Report on vaccination in Madras 1922-1929 - 1922-1929
Year: 1922
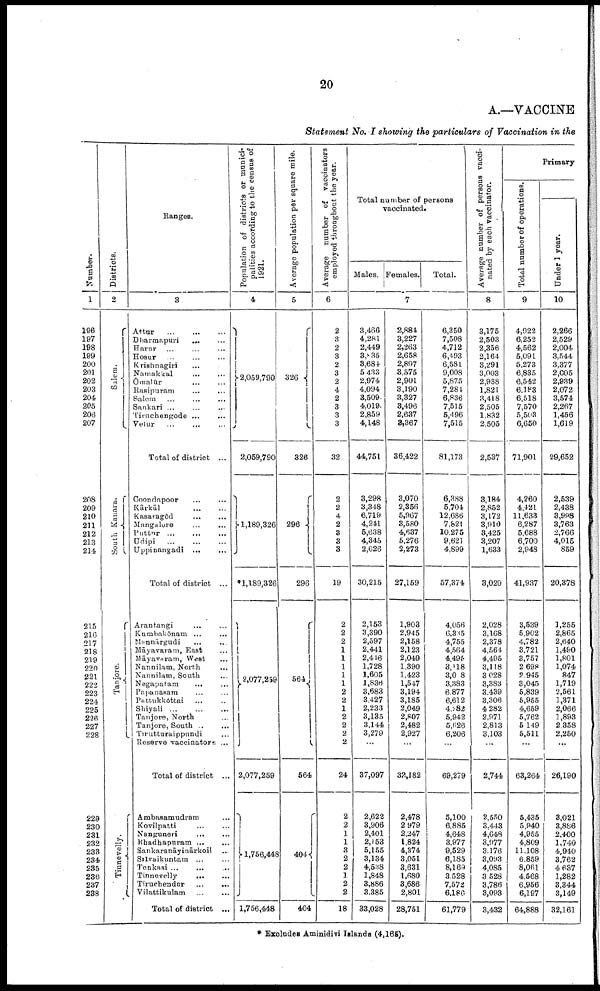
20
A.—VACCINE
Statement No. I showing the particulars of Vaccination in the
Number.
1
196
197
198
199
200
201
202
203
204
205
206
207
208
209
210
211
212
213
214
215
216
217
218
219
220
221
222
223
224
225
226
227
228
229
230
231
232
233
234
235
236
237
238
Districts.
2
Salem.
South Kanara.
Tanjore.
Tinnevelly.
Ranges.
3
Attar ... ... ...
Dharmapuri ... ...
Harur ... ...
Hosur
...
...
...
Krishnagiri ... ...
Namakkal
...
...
Ōmalūr ... ...
Rasipuram ... ...
Salem ... ... ...
Sankari ... ... ...
Tiruchengode ... ...
Velur ... ... ...
Total of district ...
Coondapoor
...
...
Kārkāl
...
...
Kasaragōd
...
...
Mangalore
...
...
Puttur
...
...
...
Udipi
...
...
...
Uppinangadi
...
...
Total of district ...
Arantangi ... ...
Kumbakōnam ... ...
Mannārgudi ... ...
Māyavaram, East ...
Māyavaram, West ...
Nannilam, North ...
Nannilam, South ...
Negapatam ... ...
Papanasam ... ...
Pattukkōttai
...
...
Shiyali ...
Tanjore, North ...
Tanjore, South ... ...
Tirutturaippundi ...
Reserve vaccinators ...
Total of district ...
Ambasamudram ...
Kovilpatti ... ...
Nanguneri ... ...
Bhadhapuram ... ...
Sankaranāyinārkoil ...
Srīvaikuntam ... ...
Tenkasi ... ... ...
Tinnevelly
...
...
Tiruchendur
...
...
Vilattikulam
...
...
Total of district ...
Population of districts or munici
palities according to the census of
1921.
4
2,059,790
2,059,790
1,189,326
*1,189,326
2,077,259
2,077,259
1,756,448
1,756,448
Average population per square mile.
5
326
326
296
296
564
564
404
404
Average number of vaccinators
employed throughout the year.
6
2
3
2
3
2
3
2
4
2
3
3
3
32
2
2
4
2
3
3
3
19
2
2
2
1
1
1
1
1
2
2
1
2
2
2
2
24
2
2
1
1
3
2
2
1
2
2
18
Total number of persons
vaccinated.
Males. Females.
Total.
7
3,466
4,281
2,449
8,035
3,684
5,433
2,974
4,094
3,509
4,019
2,859
4,148
44,751
3,298
3,348
6,719
4,241
5,638
4,345
2,626
30,215
2,153
3,390
2,597
2,441
2,416
1,728
1,605
1,836
3,683
3,427
2,233
3,135
3,144
3,279
...
37,097
2,622
3,906
2,401
2,153
5,155
3,134
4,538
1,848
3,886
3,385
33,028
2,884
3,227
2,263
2,658
2,897
3,575
2,901
3,190
3,327
3,496
2,637
3,367
36,422
3,070
2,356
5,967
3,580
4,637
5,276
2,273
27,159
1,903
2,945
2,158
2,123
2,049
1,390
1,423
1,547
3,194
3,185
2,049
2,807
2,482
2,927
...
32, 182
2,478
2,979
2,247
1,824
4,374
3,051
3,631
1,680
3,686
2,801
28,751
6,350
7,508
4,712
6,493
6,581
9,008
5,875
7,281
6,836
7,515
5,496
7,515
81,173
6,388
5,704
12,686
7,821
10,275
9,621
4,899
57,374
4,056
6,335
4,755
4,564
4,495
3,118
3,008
3,383
6,877
6,612
4,282
5,942
5,626
6,206
...
69,279
5,100
6,885
4,648
3,977
9,529
6,185
8,169
3,528
7,572
6,186
61,779
Average number of persons vacci
nated by each vaccinator.
8
3,175
2,503
2,356
2,164
3,291
3,003
2,938
1,821
3,418
2,505
1,832
2,505
2,537
3,184
2,852
3,172
3,910
3,425
3,207
1,633
3,020
2,028
3,168
2,378
4,564
4,495
3,118
3,028
3,383
3,439
3,306
4,282
2,971
2,813
3,103
...
2,744
2,550
3,443
4,648
3,977
3,176
3,093
4,085
3,528
3,786
3,093
3,432
Primary
Total number of operations.
9
4,922
6,252
4,562
5,091
5,273
6,835
6,542
6,183
6,518
7,570
5,503
6,650
71,901
4,260
4,421
11,633
6,287
5,688
6,700
2,948
41,937
3,539
5,902
4,782
3,721
3,757
2,698
2,945
3,045
5,839
5,955
4,659
5,762
5,149
5,511
...
63,264
5,435
5,940
4,955
4,809
11,108
6,859
8,061
4,568
6,956
6,197
64,888
Under 1 year.
10
2,266
2,529
2,004
3,544
3,377
2,005
2,939
2,072
3,574
2,267
1,456
1,619
29,652
2,539
2,438
3,998
3,763
2,766
4,015
859
20,378
1,255
2,865
2,640
1,490
1,801
1,074
847
1,719
2,561
1,371
2,066
1,893
2,858
2,250
...
26,190
3,021
3,886
2,400
1,740
4,940
3,762
4,637
1,282
3,344
3,149
32,161
* Excludes Aminidivi Islands (4,165).